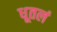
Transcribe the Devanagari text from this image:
धूतलं